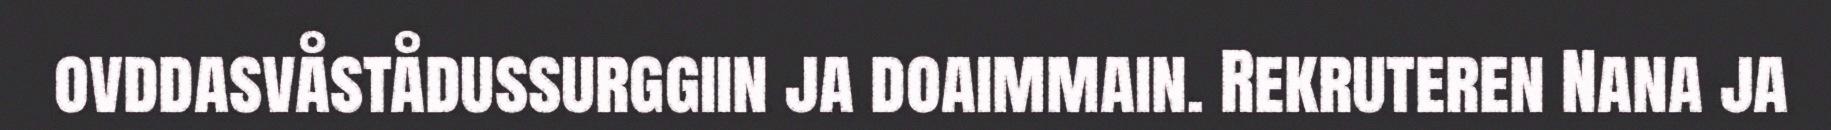
ovddasvåstådussurggiin ja doaimmain. Rekruteren Nana ja